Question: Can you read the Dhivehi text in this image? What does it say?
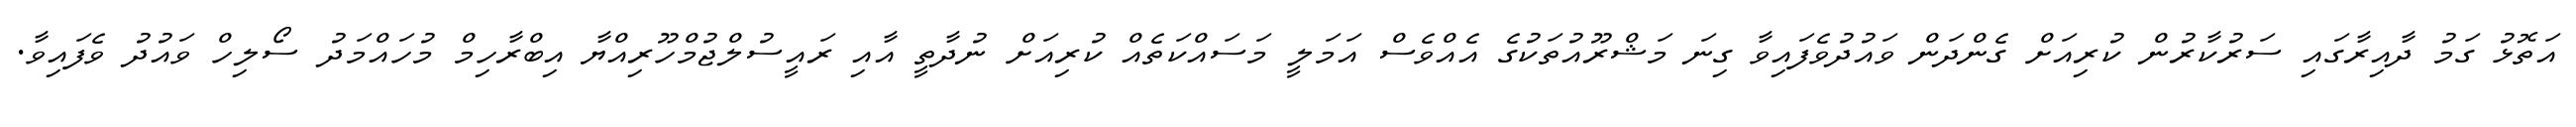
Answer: އަތޮޅު ގަމު ދާއިރާގައި ސަރުކާރުން ކުރިއަށް ގެންދަން ވައުދުވެފައިވާ ގިނަ މަޝްރޫއުތަކުގެ އެއްވެސް އަމަލީ މަސައްކަތެއް ކުރިއަށް ނުދާތީ އާއި ރައީސުލްޖުމްހޫރިއްޔާ އިބްރާހިމް މުހައްމަދު ސޯލިހް ވައުދު ވެފައިވާ.